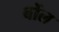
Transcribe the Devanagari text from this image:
बोंल